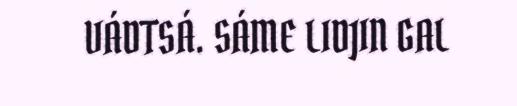
VÁDTSÁ. SÁME LIDJIN GAL